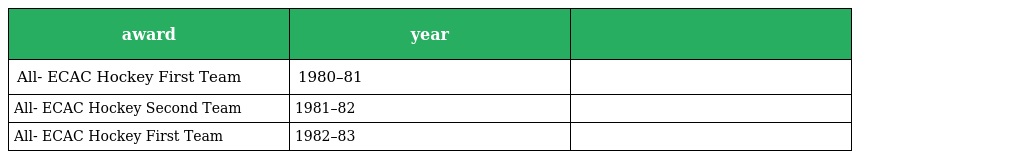
| award | year |  |
 | --- | --- | --- |
 | All- ECAC Hockey First Team | 1980–81 |  |
 | All- ECAC Hockey Second Team | 1981–82 |  |
 | All- ECAC Hockey First Team | 1982–83 |  |